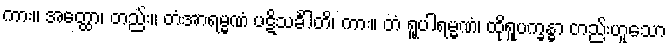
ကား။ အတ္ထော၊ တည်း။ တံအာရမ္မဏံ ပဋိသင်္ခါတိ၊ ကား။ တံ ရူပါရမ္မဏံ၊ ထိုရူပက္ခန္ဓာ တည်းဟူသော